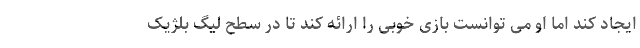
ایجاد کند اما او می توانست بازی خوبی را ارائه کند تا در سطح لیگ بلژیک